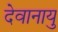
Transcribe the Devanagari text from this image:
देवानायु